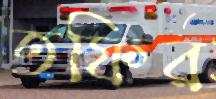
তফির